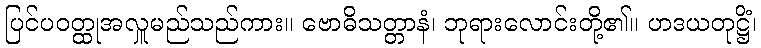
ပြင်ပဝတ္ထုအလှူမည်သည်ကား။ ဗောဓိသတ္တာနံ၊ ဘုရားလောင်းတို့၏။ ဟဒယတုဋ္ဌိံ၊